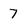
Character: 7